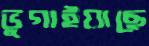
ভুগাইয়াছে